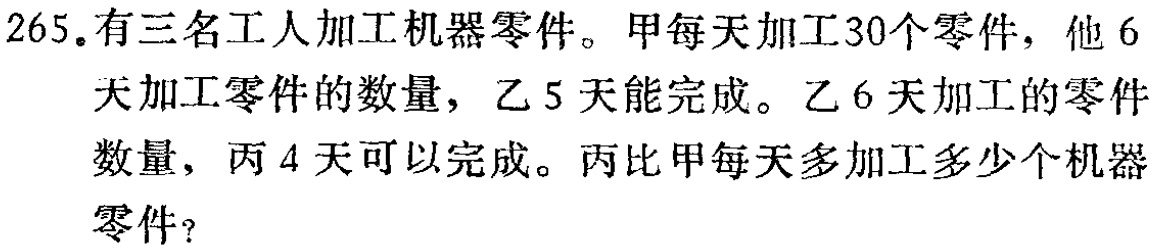
265.有三名工人加工机器零件。甲每天加工30个零件，他6天加工零件的数量，乙5天能完成。乙6天加工的零件数量，丙4天可以完成。丙比甲每天多加工多少个机器零件？